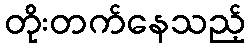
တိုးတက်နေသည့်